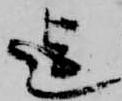
迄